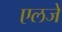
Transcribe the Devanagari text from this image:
एलजे